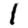
Digit: 1